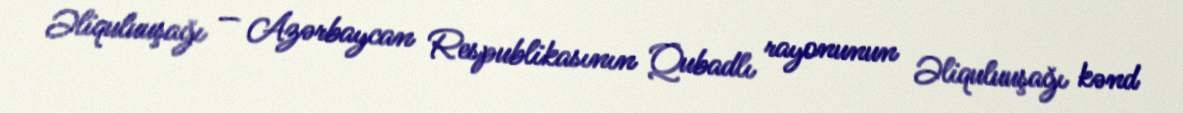
Əliquluuşağı — Azərbaycan Respublikasının Qubadlı rayonunun Əliquluuşağı kənd